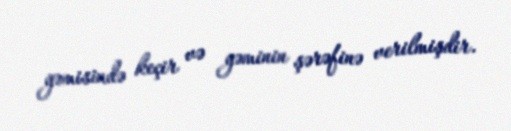
gəmisində keçir və gəminin şərəfinə verilmişdir.